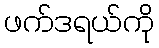
ဖက်ဒရယ်ကို